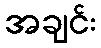
အချင်း